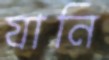
যানি